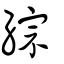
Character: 綜